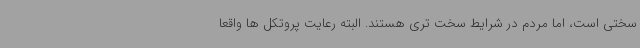
سختی است، اما مردم در شرایط سخت تری هستند. البته رعایت پروتکل ها واقعا